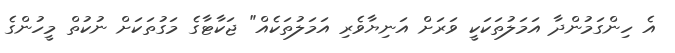
އެ ހިންގަމުންދާ އަމަލުތަކަކީ ވަރަށް އަނިޔާވެރި އަމަލުތަކެއް" ޖަކާޓާގެ މަގުތަކަށް ނުކުތް މީހުންގެ